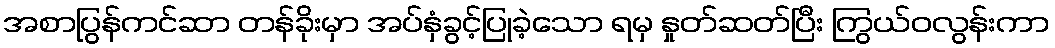
အစာပြွန်ကင်ဆာ တန်ခိုးမှာ အပ်နှံခွင့်ပြုခဲ့သော ရမှ နှုတ်ဆတ်ပြီး ကြွယ်ဝလွန်းကာ